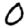
Digit: 0